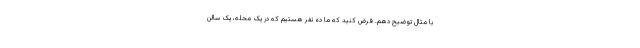
با مثال توضیح دهم. فرض کنید که ما ده نفر هستیم که در یک محله، یک سالن